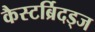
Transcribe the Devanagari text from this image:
कैस्टर्ब्रिदड्ज